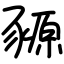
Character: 豲